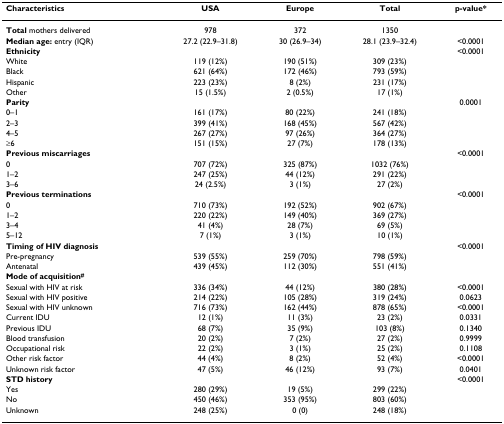
<table><thead><tr><td><b>Characteristics</b></td><td><b>USA</b></td><td><b>Europe</b></td><td><b>Total</b></td><td><b>p-value*</b></td></tr></thead><tbody><tr><td><b>Total </b>mothers delivered</td><td>978</td><td>372</td><td>1350</td><td></td></tr><tr><td><b>Median age: </b>entry (IQR)</td><td>27.2 (22.9–31.8)</td><td>30 (26.9–34)</td><td>28.1 (23.9–32.4)</td><td>&lt;0.0001</td></tr><tr><td><b>Ethnicity</b></td><td></td><td></td><td></td><td>&lt;0.0001</td></tr><tr><td>White</td><td>119 (12%)</td><td>190 (51%)</td><td>309 (23%)</td><td></td></tr><tr><td>Black</td><td>621 (64%)</td><td>172 (46%)</td><td>793 (59%)</td><td></td></tr><tr><td>Hispanic</td><td>223 (23%)</td><td>8 (2%)</td><td>231 (17%)</td><td></td></tr><tr><td>Other</td><td>15 (1.5%)</td><td>2 (0.5%)</td><td>17 (1%)</td><td></td></tr><tr><td><b>Parity</b></td><td></td><td></td><td></td><td>0.0001</td></tr><tr><td>0–1</td><td>161 (17%)</td><td>80 (22%)</td><td>241 (18%)</td><td></td></tr><tr><td>2–3</td><td>399 (41%)</td><td>168 (45%)</td><td>567 (42%)</td><td></td></tr><tr><td>4–5</td><td>267 (27%)</td><td>97 (26%)</td><td>364 (27%)</td><td></td></tr><tr><td>≥6</td><td>151 (15%)</td><td>27 (7%)</td><td>178 (13%)</td><td></td></tr><tr><td><b>Previous miscarriages</b></td><td></td><td></td><td></td><td>&lt;0.0001</td></tr><tr><td>0</td><td>707 (72%)</td><td>325 (87%)</td><td>1032 (76%)</td><td></td></tr><tr><td>1–2</td><td>247 (25%)</td><td>44 (12%)</td><td>291 (22%)</td><td></td></tr><tr><td>3–6</td><td>24 (2.5%)</td><td>3 (1%)</td><td>27 (2%)</td><td></td></tr><tr><td><b>Previous terminations</b></td><td></td><td></td><td></td><td>&lt;0.0001</td></tr><tr><td>0</td><td>710 (73%)</td><td>192 (52%)</td><td>902 (67%)</td><td></td></tr><tr><td>1–2</td><td>220 (22%)</td><td>149 (40%)</td><td>369 (27%)</td><td></td></tr><tr><td>3–4</td><td>41 (4%)</td><td>28 (7%)</td><td>69 (5%)</td><td></td></tr><tr><td>5–12</td><td>7 (1%)</td><td>3 (1%)</td><td>10 (1%)</td><td></td></tr><tr><td><b>Timing of HIV diagnosis</b></td><td></td><td></td><td></td><td>&lt;0.0001</td></tr><tr><td>Pre-pregnancy</td><td>539 (55%)</td><td>259 (70%)</td><td>798 (59%)</td><td></td></tr><tr><td>Antenatal</td><td>439 (45%)</td><td>112 (30%)</td><td>551 (41%)</td><td></td></tr><tr><td><b>Mode of acquisition<sup>#</sup></b></td><td></td><td></td><td></td><td></td></tr><tr><td>Sexual with HIV at risk</td><td>336 (34%)</td><td>44 (12%)</td><td>380 (28%)</td><td>&lt;0.0001</td></tr><tr><td>Sexual with HIV positive</td><td>214 (22%)</td><td>105 (28%)</td><td>319 (24%)</td><td>0.0623</td></tr><tr><td>Sexual with HIV unknown</td><td>716 (73%)</td><td>162 (44%)</td><td>878 (65%)</td><td>&lt;0.0001</td></tr><tr><td>Current IDU</td><td>12 (1%)</td><td>11 (3%)</td><td>23 (2%)</td><td>0.0331</td></tr><tr><td>Previous IDU</td><td>68 (7%)</td><td>35 (9%)</td><td>103 (8%)</td><td>0.1340</td></tr><tr><td>Blood transfusion</td><td>20 (2%)</td><td>7 (2%)</td><td>27 (2%)</td><td>0.9999</td></tr><tr><td>Occupational risk</td><td>22 (2%)</td><td>3 (1%)</td><td>25 (2%)</td><td>0.1108</td></tr><tr><td>Other risk factor</td><td>44 (4%)</td><td>8 (2%)</td><td>52 (4%)</td><td>&lt;0.0001</td></tr><tr><td>Unknown risk factor</td><td>47 (5%)</td><td>46 (12%)</td><td>93 (7%)</td><td>0.0401</td></tr><tr><td><b>STD history</b></td><td></td><td></td><td></td><td>&lt;0.0001</td></tr><tr><td>Yes</td><td>280 (29%)</td><td>19 (5%)</td><td>299 (22%)</td><td></td></tr><tr><td>No</td><td>450 (46%)</td><td>353 (95%)</td><td>803 (60%)</td><td></td></tr><tr><td>Unknown</td><td>248 (25%)</td><td>0 (0)</td><td>248 (18%)</td><td></td></tr></tbody></table>